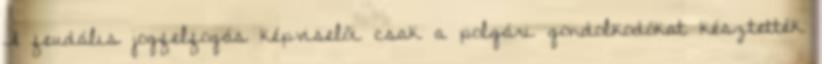
A feudális jogfelfogás képviselői csak a polgári gondolkodókat késztették